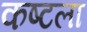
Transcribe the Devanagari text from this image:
कष्टला